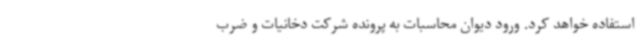
استفاده خواهد کرد. ورود دیوان محاسبات به پرونده شرکت دخانیات و ضرب